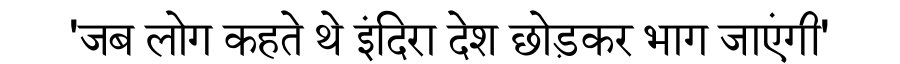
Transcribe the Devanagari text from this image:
'जब लोग कहते थे इंदिरा देश छोड़कर भाग जाएंगी'